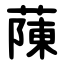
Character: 蔯